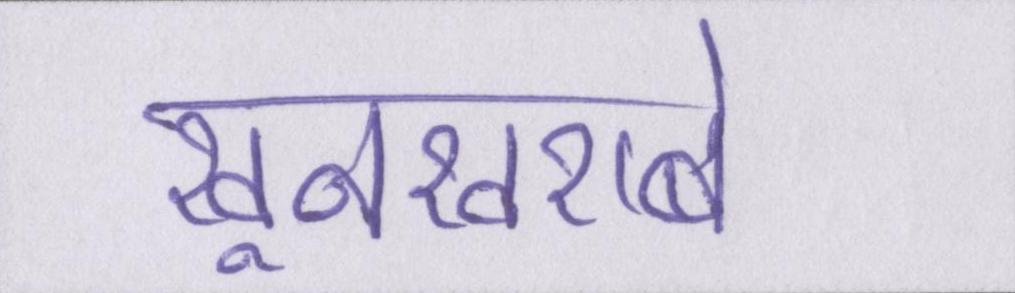
खूनखराबे